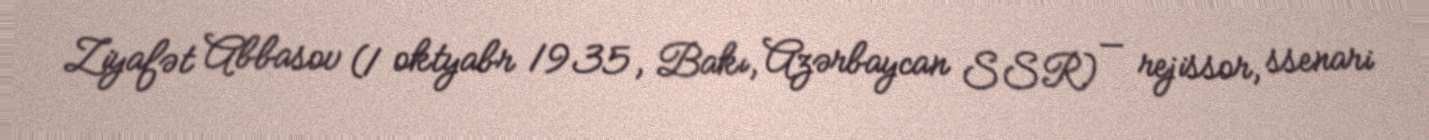
Ziyafət Abbasov (1 oktyabr 1935, Bakı, Azərbaycan SSR) — rejissor, ssenari